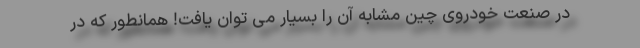
در صنعت خودروی چین مشابه آن را بسیار می توان یافت! همانطور که در